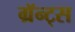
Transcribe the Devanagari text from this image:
ग्रॅन्ट्स